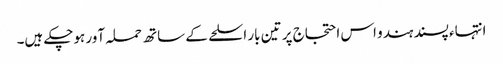
انتہاء پسند ہندو اس احتجاج پر تین بار اسلحے کے ساتھ حملہ آور ہوچکے ہیں۔